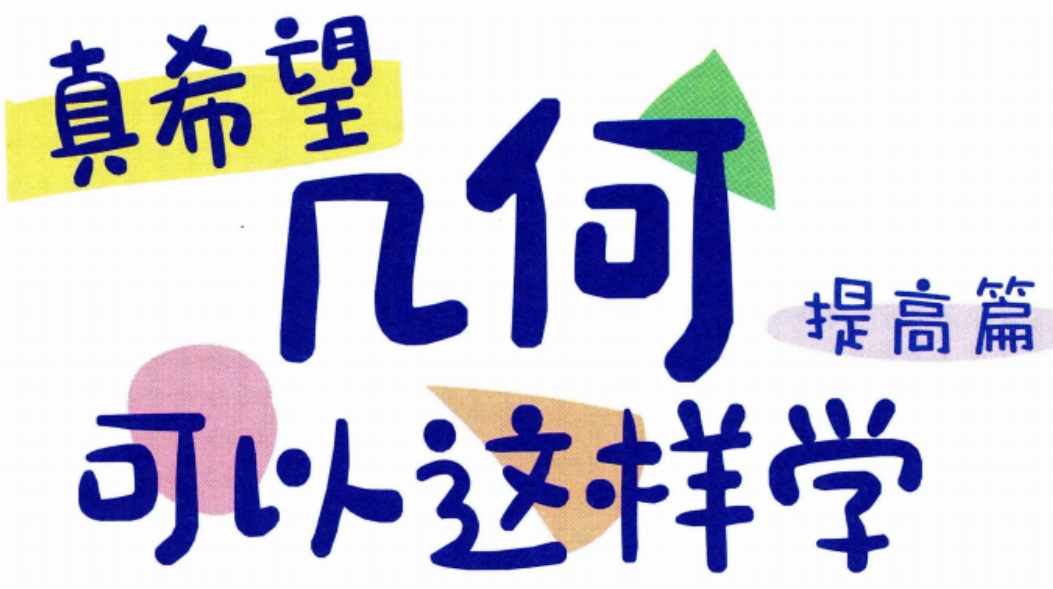
真希望

几何

提高篇

可以这样学